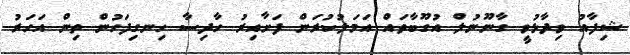
ޝިފާއު ވިދާޅުވީ ގާނޫނުލް އުގޫބާތައް އަމަލުކުރަން ފަށާއިރު ހާދިސާ ހިނގިފަހުން ތިން އަހަރު